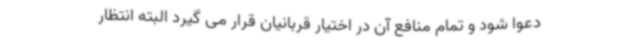
دعوا شود و تمام منافع آن در اختیار قربانیان قرار می گیرد البته انتظار